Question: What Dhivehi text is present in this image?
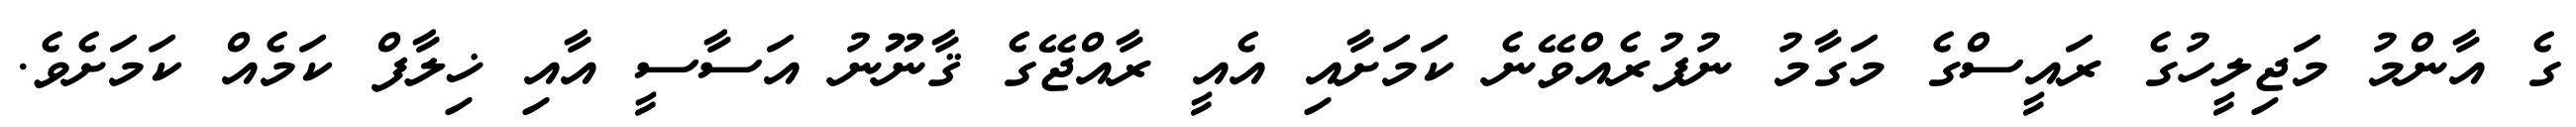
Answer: ގެ އާންމު މަޖިލީހުގެ ރައީސްގެ މަގާމު ނުފުރެއްވޭނެ ކަމަށާއި އެއީ ރާއްޖޭގެ ޤާނޫނު އަސާސީ އާއި ޚިލާފް ކަމެއް ކަމަށެވެ.